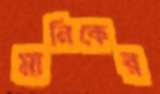
মানিকের